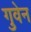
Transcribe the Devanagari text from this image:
गुवेन